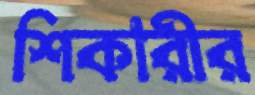
শিকারীর